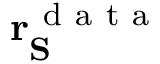
\mathbf { r } _ { \mathbf { S } } ^ { \mathrm { ~ d ~ a ~ t ~ a ~ } }